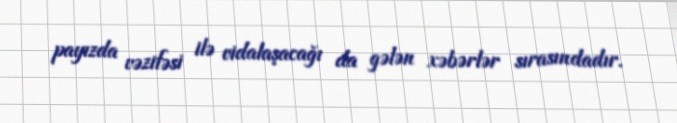
payızda vəzifəsi ilə vidalaşacağı da gələn xəbərlər sırasındadır.